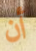
أن